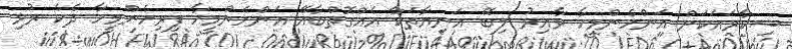
ޝިކާރައަކަށް އަންހެންމީހާ ވާއިރު ލިބޭ އަނިޔާތަކާ އެއްގޮތްބާއޭ އަންހެންމީހާ ފިރިހެންމީހާ ދެކެ ރުޅި